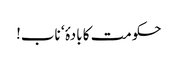
حکومت کا بادۂ‘ ناب!